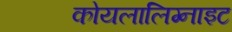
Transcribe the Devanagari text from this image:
कोयलालिग्नाइट